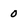
Character: 0